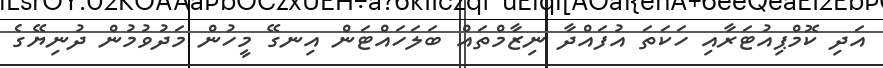
އަދި ކޮމްޕިއުޓަރާއި ހަކަތަ އުފައްދާ ނިޒާމްތައް ބަލަހައްޓަން އިނގޭ މީހުން މަދުވުމުން ދުނިޔޭގެ